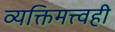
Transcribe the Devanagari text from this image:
व्यक्तिमत्त्वही